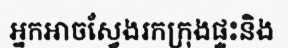
អ្នកអាចស្វែងរកក្រុងផ្ទះនិង